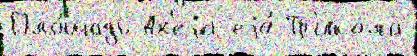
Пло́щадь Ах'еjа еjо́ Тр'икала